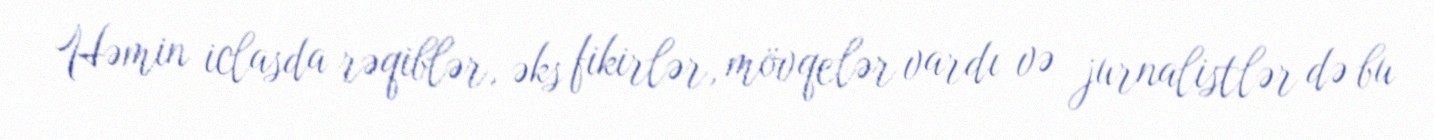
Həmin iclasda rəqiblər, əks fikirlər, mövqelər vardı və jurnalistlər də bu